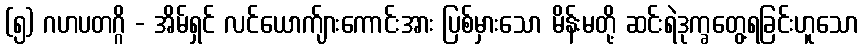
(၅) ဂဟပတဂ္ဂိ - အိမ်ရှင် လင်ယောက်ျားကောင်းအား ပြစ်မှားသော မိန်းမတို့ ဆင်းရဲဒုက္ခတွေ့ရခြင်းဟူသော